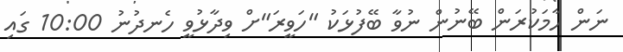
ނަން ހާމަކުރަން ބޭނުން ނުވާ ބޭފުޅަކު "ހަވީރަ"ށް ވިދާޅުވީ ހެނދުނު 10:00 ގައި